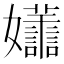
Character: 𡤮